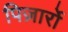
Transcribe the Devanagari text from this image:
पिज़ार्रो